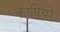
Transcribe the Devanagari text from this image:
कापियों